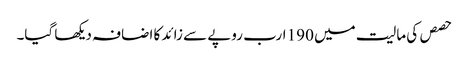
حصص کی مالیت میں 190 ارب روپے سے زائد کا اضافہ دیکھا گیا۔